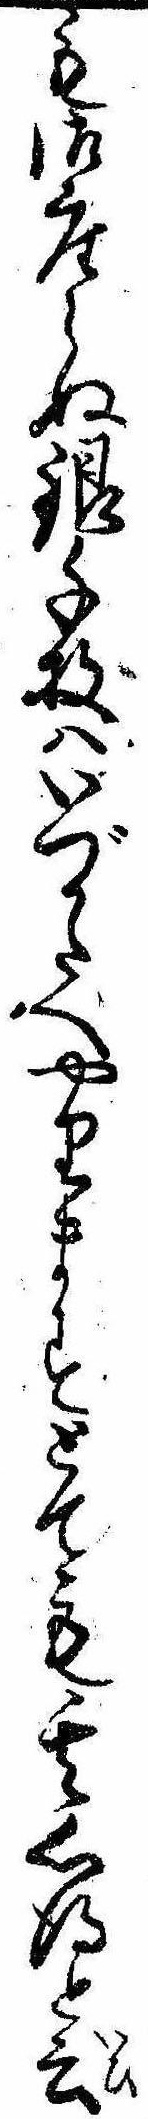
も御座らぬ銀千枚はいづかたへやりますとても其心得と云